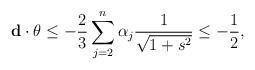
\begin{align*} \mathbf d\cdot \theta\leq-\frac{2}{3}\sum_{j=2}^n\alpha_j\frac{1}{\sqrt{1+s^2}}\leq-\frac{1}{2}, \end{align*}